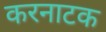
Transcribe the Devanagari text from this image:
करनाटक